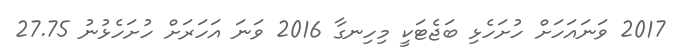
2017 ވަނައަހަށް ހުށަހެޅި ބަޖެޓަކީ މިހިނގާ 2016 ވަނަ އަހަރަށް ހުށަހެޅުނު 27.75